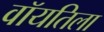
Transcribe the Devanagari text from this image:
वॉयतिला